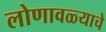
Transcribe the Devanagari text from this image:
लोणावळ्याचे